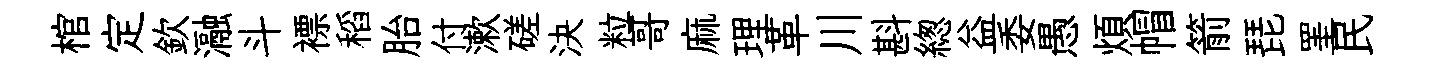
棺定欽瀜斗褾稻胎付漱磋決粒哥麻理革川斟緫益委愚煩帽箭琵罣民